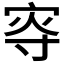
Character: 𡨎